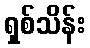
ရှစ်သိန်း